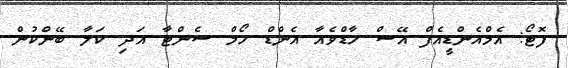
ފޮޓޯ: އެމްއެންޑީއެފް އޭސް ހާޑްވެއާ އެންޑް ހޯމް ސެންޓާ އަދި ކަލާ ބޭންކުން